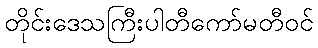
တိုင်းဒေသကြီးပါတီကော်မတီဝင်